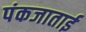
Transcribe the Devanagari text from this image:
पंकजाताई